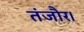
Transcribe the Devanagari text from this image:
तंजौर।